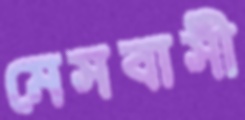
মেসবাসী